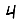
Digit: 4